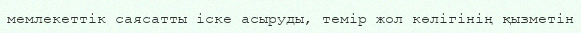
мемлекеттік саясатты іске асыруды, темір жол көлігінің қызметін